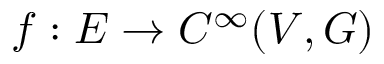
f : E \to C ^ { \infty } ( V , G )